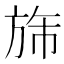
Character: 旆